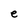
Character: e